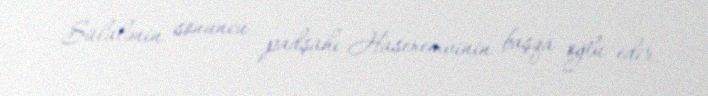
Sülalənin sonuncu padşahı Hasexemvinin başqa oğlu edir.